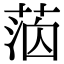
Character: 𦳸